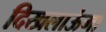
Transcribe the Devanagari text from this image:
दिखलाऊंगा